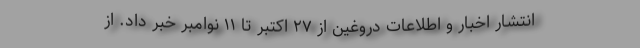
انتشار اخبار و اطلاعات دروغین از ۲۷ اکتبر تا ۱۱ نوامبر خبر داد. از